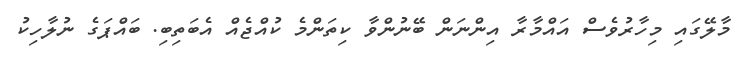
މާލޭގައި މިހާރުވެސް އައްމާރާ އިންނަން ބޭނުންވާ ކިތަންމެ ކުއްޖެއް އެބަތިބި. ބައްޕަގެ ނުލާހިކު